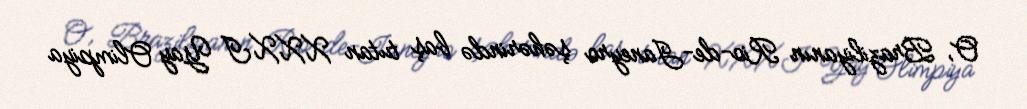
O, Braziliyanın Rio-de-Janeyro şəhərində baş tutan XXXI Yay Olimpiya